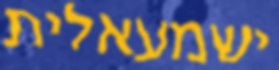
ישמעאלית